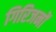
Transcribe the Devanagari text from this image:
गिरिजनों